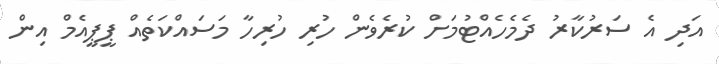
އަދި އެ ސަރުކާރު ދެމެހެއްޓުމަށް ކުރެވެން ހުރި ހުރިހާ މަސައްކަތެއް ޕީޕީއެމް އިން